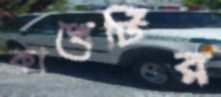
কাখেটির